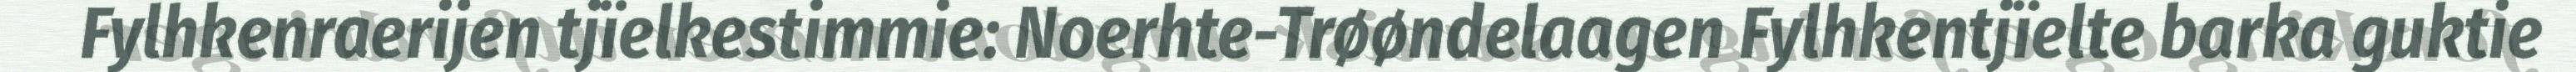
Fylhkenraerijen tjïelkestimmie: Noerhte-Trøøndelaagen Fylhkentjïelte barka guktie